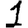
Digit: 1